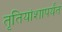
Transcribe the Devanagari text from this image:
तृतियांशापर्यंत